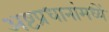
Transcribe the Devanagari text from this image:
अष्टप्रधानांमध्यें